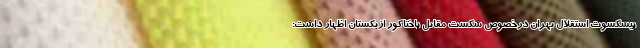
پیشکسوت استقلال تهران درخصوص شکست مقابل پاختاکور ازبکستان اظهار داشت: